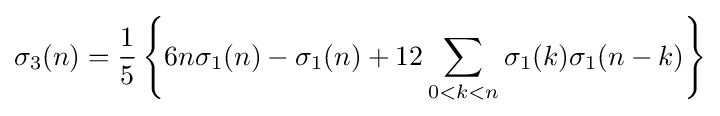
\sigma _{3}(n)={\frac {1}{5}}\left\{6n\sigma _{1}(n)-\sigma _{1}(n)+12\sum _{0<k<n}\sigma _{1}(k)\sigma _{1}(n-k)\right\}